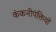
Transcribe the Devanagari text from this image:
कंकनीपंक्तियों